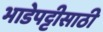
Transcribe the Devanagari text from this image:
भाडेपट्टीसाठी